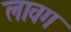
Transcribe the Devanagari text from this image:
लावग